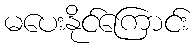
မပေးနိုင်ကြောင်း